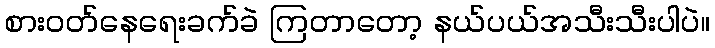
စားဝတ်နေရေးခက်ခဲ ကြတာတော့ နယ်ပယ်အသီးသီးပါပဲ။